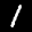
Label: 1